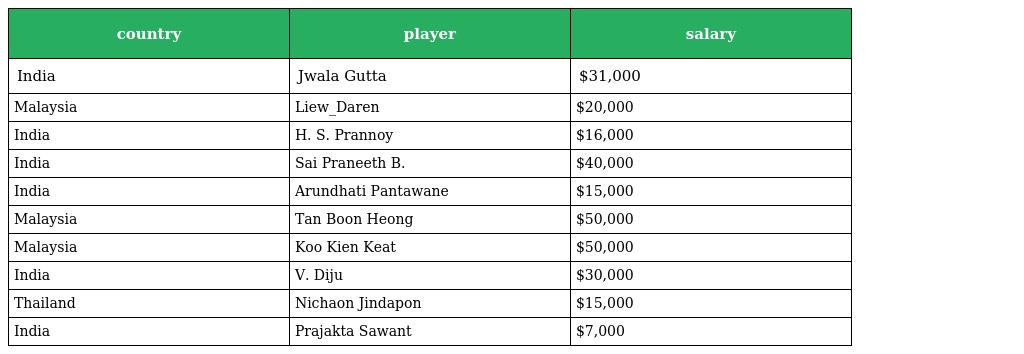
| country | player | salary |
 | --- | --- | --- |
 | India | Jwala Gutta | $31,000 |
 | Malaysia | Liew_Daren | $20,000 |
 | India | H. S. Prannoy | $16,000 |
 | India | Sai Praneeth B. | $40,000 |
 | India | Arundhati Pantawane | $15,000 |
 | Malaysia | Tan Boon Heong | $50,000 |
 | Malaysia | Koo Kien Keat | $50,000 |
 | India | V. Diju | $30,000 |
 | Thailand | Nichaon Jindapon | $15,000 |
 | India | Prajakta Sawant | $7,000 |